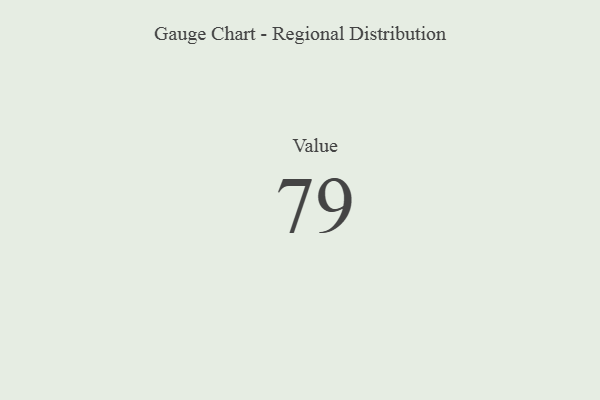
{"axis": {"x": "Metric", "y": "Value"}, "legend": [""], "data": [{"x": "Value", "y": 79, "type": ""}]}